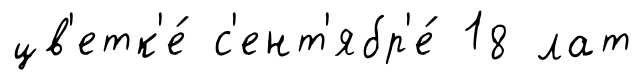
цв'етк'е́ с'ент'ябр'е́ 18 лат